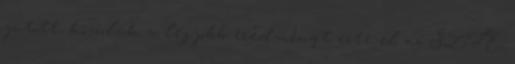
jutott, közülük a legjobb eredményt érte el az SZTE.